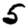
Digit: 5